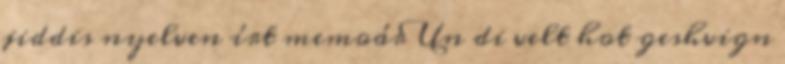
jiddis nyelven írt memoár Un di velt hot geshvign